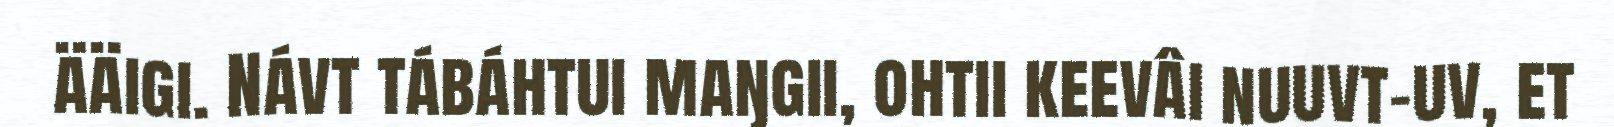
ääigi. Návt tábáhtui maŋgii, ohtii keevâi nuuvt-uv, et